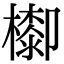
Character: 𣛺